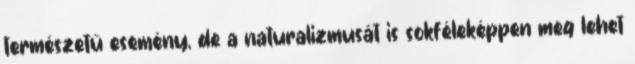
természetű esemény, de a naturalizmusát is sokféleképpen meg lehet